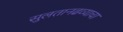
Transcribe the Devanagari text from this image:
सुलतानढव्याचा